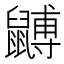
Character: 䶈